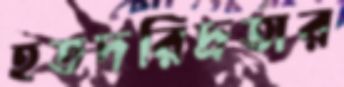
হতদরিদ্রতার